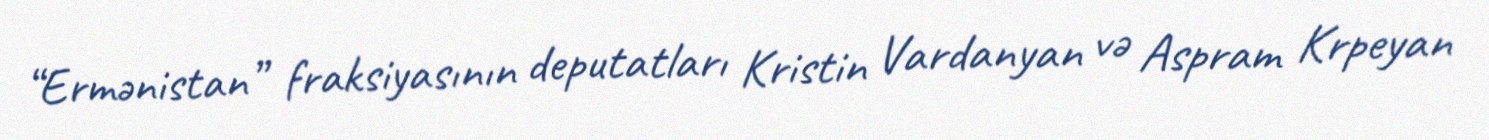
“Ermənistan” fraksiyasının deputatları Kristin Vardanyan və Aspram Krpeyan